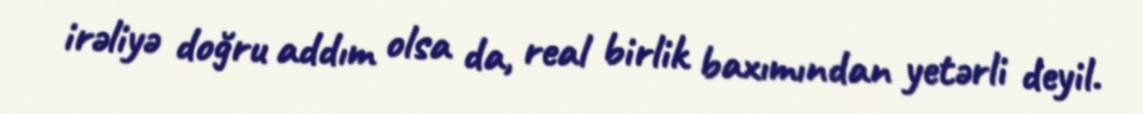
irəliyə doğru addım olsa da, real birlik baxımından yetərli deyil.